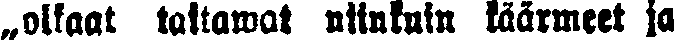
„olkaat taitawat niinkuin käärmeet ja